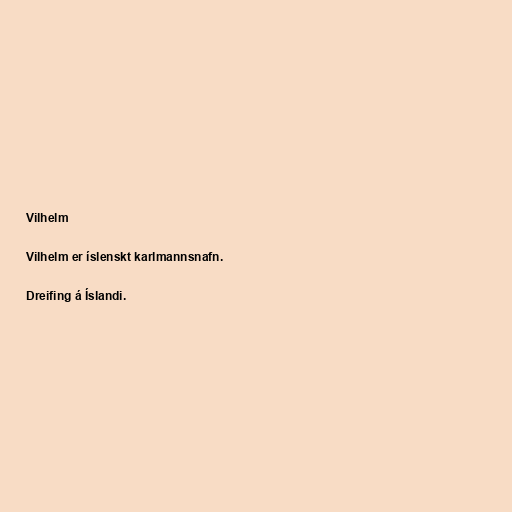
Vilhelm

Vilhelm er íslenskt karlmannsnafn.

Dreifing á Íslandi.